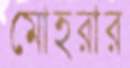
মোহরার